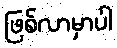
ဖြစ်လာမှာပါ